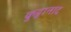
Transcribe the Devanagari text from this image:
कुट्टानाद